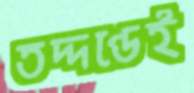
তদ্দণ্ডেই